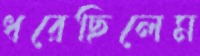
ধরেছিলেম